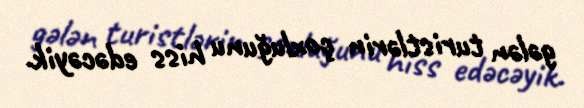
gələn turistlərin çoxluğunu hiss edəcəyik.